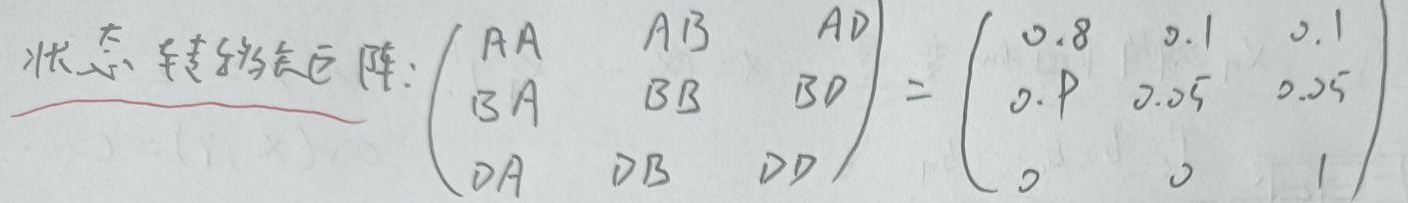
状态转移矩阵:
\(\begin{pmatrix}
A\text{A} & A\text{B} & A\text{D} \\
B\text{A} & B\text{B} & B\text{D} \\
D\text{A} & D\text{B} & D\text{D}
\end{pmatrix}=\begin{pmatrix}
0.8 & 0.1 & 0.1 \\
0.7 & 0.05 & 0.25 \\
0 & 0 & 1
\end{pmatrix}\)